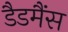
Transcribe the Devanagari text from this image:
डैडमैंस